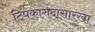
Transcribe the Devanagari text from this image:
टिपकागदासारखा